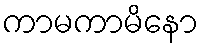
ကာမကာမိနော